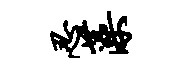
忍藻